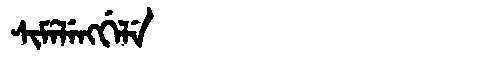
Manchu: ᠰᡳᠮᡝᠯᡝᠩᡤᡝᠯᡝ
Romanization: SIMELENGGELE